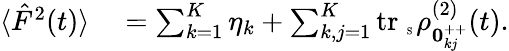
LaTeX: \begin{array}{rl}{\langle\hat{F}^{2}(t)\rangle}&{{}=\sum_{k=1}^{K}\eta_{k}+\sum_{k,j=1}^{K}\mathrm{tr}_{\mathrm{~\tiny~S~}}\rho_{{\mathbf 0}_{kj}^{++}}^{(2)}(t).}\end{array}